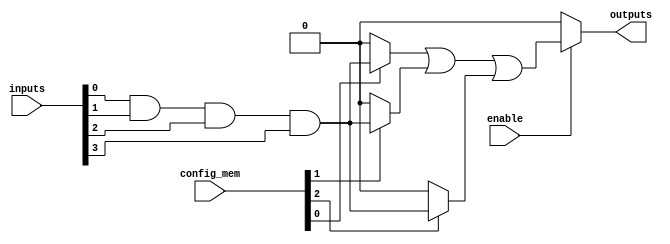
module CLB (
    input  wire [N-1:0]  inputs,        // N inputs to the CLB
    input  wire          enable,         // Enable signal
    input  wire [M-1:0]  config_mem,     // Configuration memory for programmable logic
    output wire [O-1:0]  outputs         // O outputs from the CLB
);
    parameter N = 4; // Number of inputs
    parameter M = 8; // Number of product terms
    parameter O = 1; // Number of outputs

    // Internal wires for product terms and final outputs
    wire [M-1:0] product_terms; // Outputs from AND array
    wire [O-1:0] final_outputs;  // Final outputs from OR array

    // Programmable AND array logic
    genvar i;
    generate
        for (i = 0; i < M; i = i + 1) begin : and_array
            assign product_terms[i] = (config_mem[i] == 1'b1) ? (inputs[0] & inputs[1] & inputs[2] & inputs[3]) : 1'b0; // Example logic
        end
    endgenerate

    // OR array logic
    assign final_outputs[0] = enable ? (product_terms[0] | product_terms[1] | product_terms[2]) : 1'b0; // Combine product terms

    // Assign the final output
    assign outputs = final_outputs;

    // Feedback path can be implemented here if needed (not shown in this basic example)

    // Test and debug features can be added as needed

endmodule